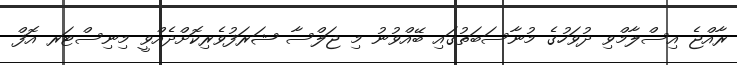
ރާއްޖެ އިސްލާމްވި ދުވަހުގެ މުނާސަބަތުގައި ބޭއްވުނު މި ޖަލްސާ ޝަރަފުވެރިކޮށްދެއްވީ މިނިސްޓަރ އޮފް